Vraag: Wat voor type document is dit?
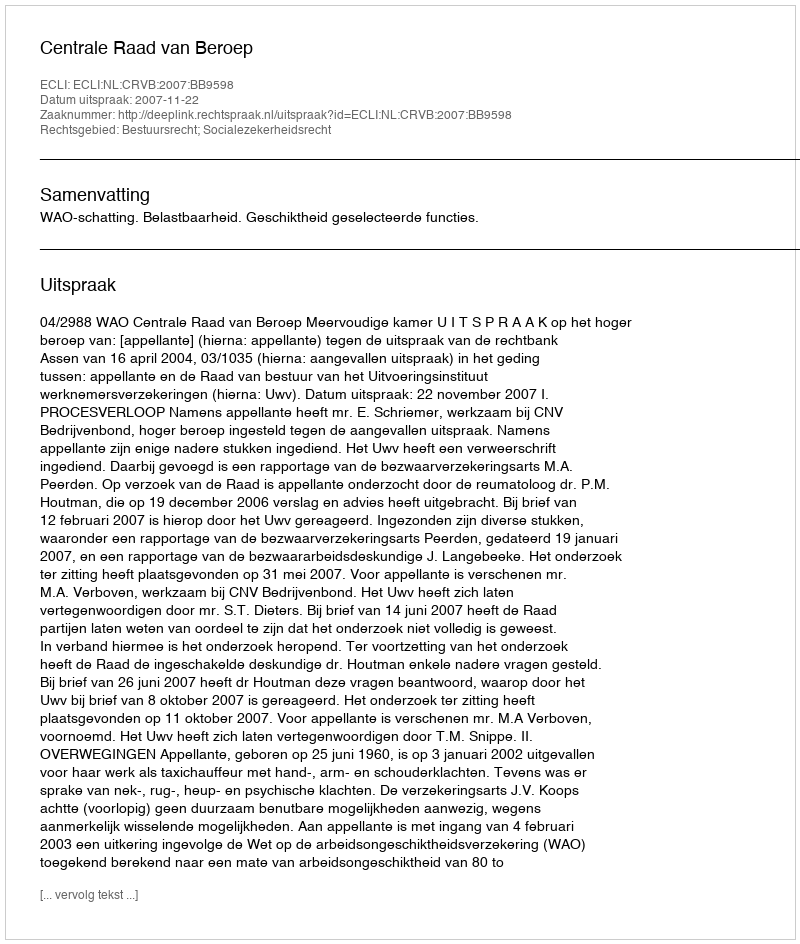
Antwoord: Uitspraak